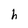
Character: h